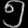
Digit: ၅